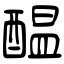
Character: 醖